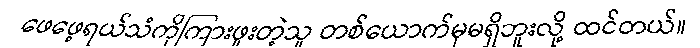
ဖေဖေ့ရယ်သံကိုကြားဖူးတဲ့သူ တစ်ယောက်မှမရှိဘူးလို့ ထင်တယ်။